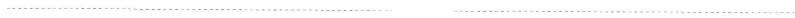
___